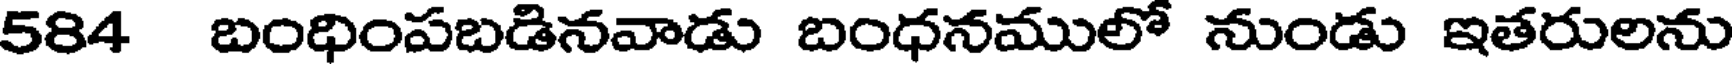
584 బంధింపబడినవాడు బంధనములో నుండు ఇతరులను